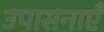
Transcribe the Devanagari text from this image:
उपासनाएँ